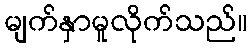
မျက်နှာမူလိုက်သည်။